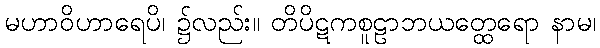
မဟာဝိဟာရေပိ၊ ၌လည်း။ တိပိဋကစူဠာဘယတ္ထေရော နာမ၊